Indian journal of veterinary science and animal husbandry - Volumes 18-21, 1948-1951
Year: 1948
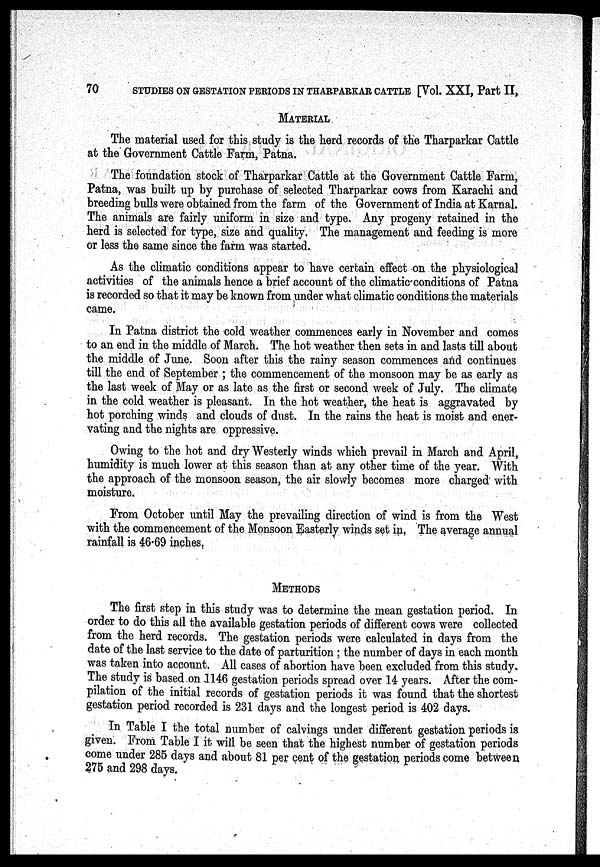
70 STUDIES ON GESTATION PERIODS IN THARPARKAR CATTLE [Vol. XXI, Part II,
MATERIAL
The material used for this study is the herd records of the Tharparkar Cattle
at the Government Cattle Farm, Patna.
The foundation stock of Tharparkar Cattle at the Government Cattle Farm,
Patna, was built up by purchase of selected Tharparkar cows from Karachi and
breeding bulls were obtained from the farm of the Government of India at Karnal.
The animals are fairly uniform in size and type. Any progeny retained in the
herd is selected for type, size and quality. The management and feeding is more
or less the same since the farm was started.
As the climatic conditions appear to have certain effect on the physiological
activities of the animals hence a brief account of the climatic conditions of Patna
is recorded so that it may be known from under what climatic conditions the materials
came.
In Patna district the cold weather commences early in November and comes
to an end in the middle of March. The hot weather then sets in and lasts till about
the middle of June. Soon after this the rainy season commences and continues
till the end of September; the commencement of the monsoon may be as early as
the last week of May or as late as the first or second week of July. The climate
in the cold weather is pleasant. In the hot weather, the heat is aggravated by
hot porching winds and clouds of dust. In the rains the heat is moist and ener-
vating and the nights are oppressive.
Owing to the hot and dry Westerly winds which prevail in March and April,
humidity is much lower at this season than at any other time of the year. With
the approach of the monsoon season, the air slowly becomes more charged with
moisture.
From October until May the prevailing direction of wind is from the West
with the commencement of the Monsoon Easterly winds set in. The average annual
rainfall is 46.69 inches.
METHODS
The first step in this study was to determine the mean gestation period. In
order to do this all the available gestation periods of different cows were collected
from the herd records. The gestation periods were calculated in days from the
date of the last service to the date of parturition; the number of days in each month
was taken into account. All cases of abortion have been excluded from this study.
The study is based on 1146 gestation periods spread over 14 years. After the com-
pilation of the initial records of gestation periods it was found that the shortest
gestation period recorded is 231 days and the longest period is 402 days.
In Table I the total number of calvings under different gestation periods is
given. From Table I it will be seen that the highest number of gestation periods
come under 285 days and about 81 per cent of the gestation periods come between
275 and 298 days.